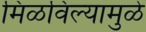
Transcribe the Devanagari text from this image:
मिळविल्यामुळे